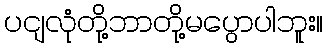
ပငျလုံတို့ဘာတို့မပွောပါဘူး။